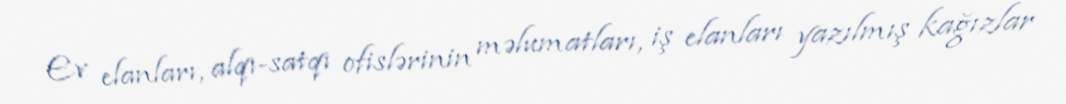
Ev elanları, alqı-satqı ofislərinin məlumatları, iş elanları yazılmış kağızlar